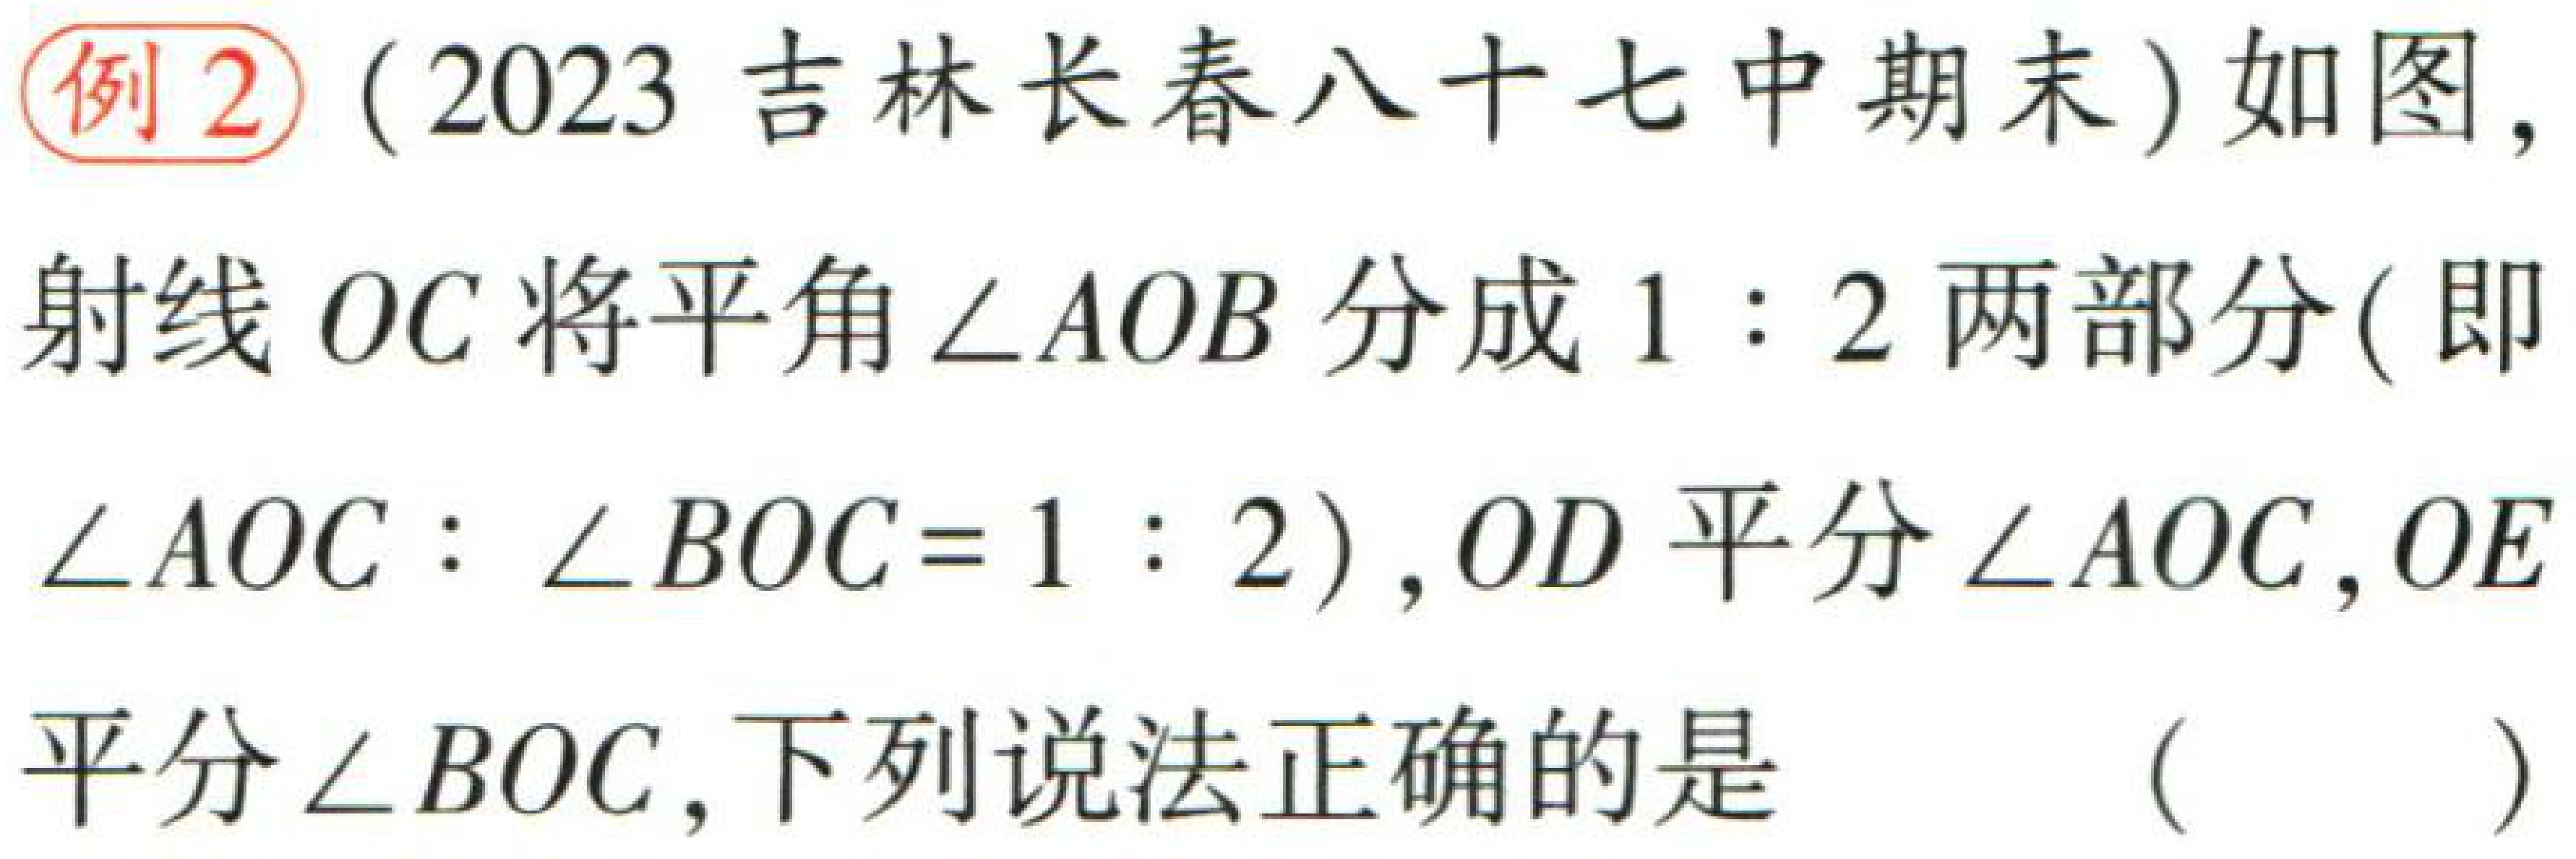
例2（2023 吉林长春八十七中期末）如图，射线 \(OC\) 将平角 \(\angle AOB\) 分成 \(1:2\) 两部分(即 \(\angle AOC:\angle BOC = 1:2\))，\(OD\) 平分 \(\angle AOC\)，\(OE\) 平分 \(\angle BOC\)，下列说法正确的是 （  ）